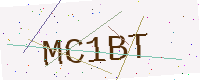
Text: MC1BT